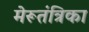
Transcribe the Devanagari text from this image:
मेरूतंत्रिका